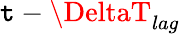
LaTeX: \mathtt{t}-\DeltaT_{lag}